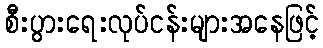
စီးပွားရေးလုပ်ငန်းများအနေဖြင့်